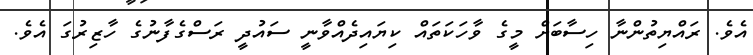
އެވެ. ރައްޔިތުންނާ ހިސާބަށް މީގެ ވާހަކަތައް ކިޔައިދެއްވާނީ ސައުދީ ރަސްގެފާނުގެ ހާޒިރުގަ އެވެ.